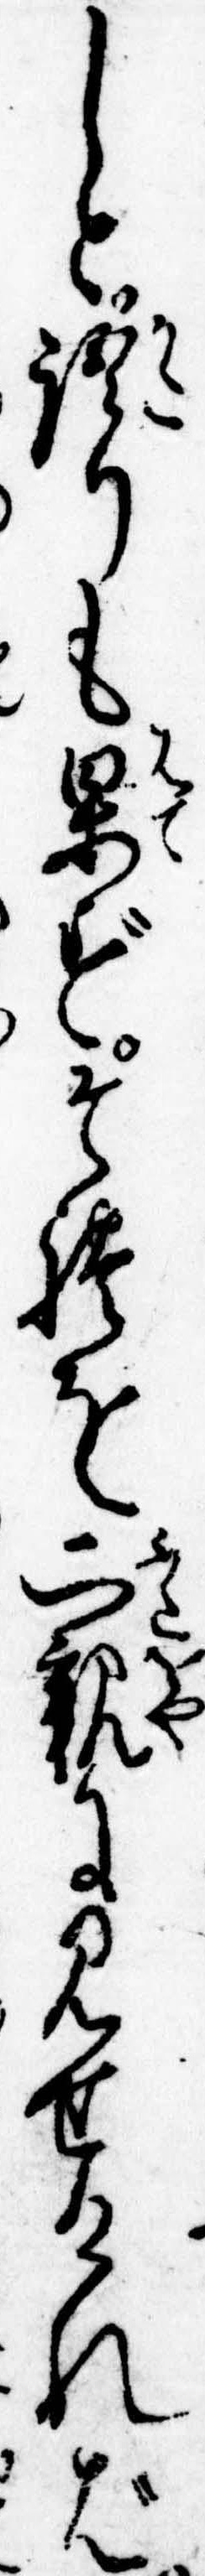
しと語りも果ずそれを二親に見せければ